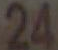
24